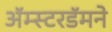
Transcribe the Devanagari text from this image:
अॅम्स्टरडॅमने